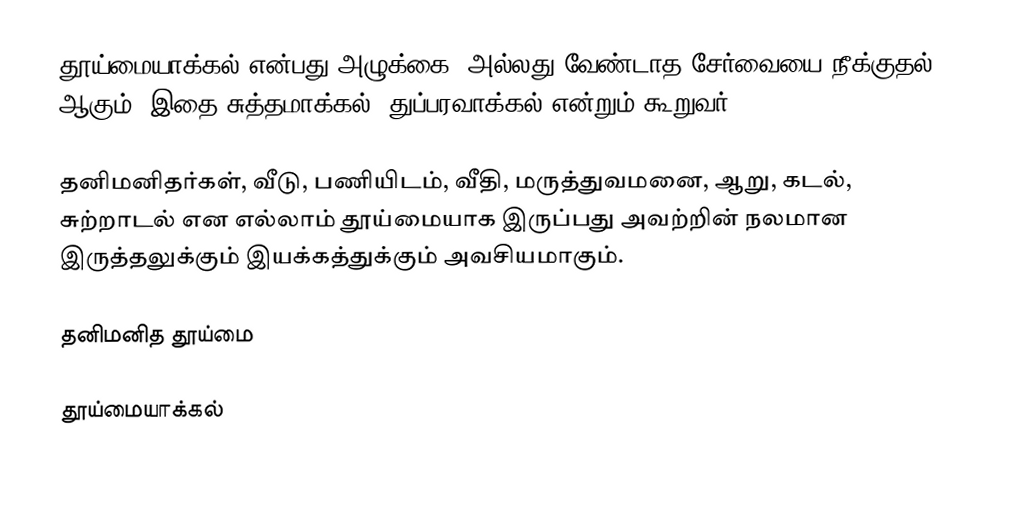
தூய்மையாக்கல் என்பது அழுக்கை, அல்லது வேண்டாத சேர்வையை நீக்குதல் ஆகும்.  இதை சுத்தமாக்கல், துப்பரவாக்கல் என்றும் கூறுவர்.

தனிமனிதர்கள், வீடு, பணியிடம், வீதி, மருத்துவமனை, ஆறு, கடல், சுற்றாடல் என எல்லாம் தூய்மையாக இருப்பது அவற்றின் நலமான இருத்தலுக்கும் இயக்கத்துக்கும் அவசியமாகும்.

தனிமனித தூய்மை

தூய்மையாக்கல்